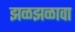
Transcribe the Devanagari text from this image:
झळझळावा